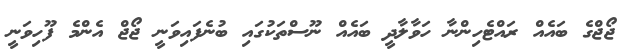
ޖޯޖްގެ ބައެއް ރައްޓެހިންނާ ހަވާލާދީ ބައެއް ނޫސްތަކުގައި ބުނެފައިވަނީ ޖޯޖް އެންމެ ފޫހިވަނީ